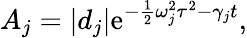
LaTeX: A_{j}=\left|d_{j}\right|\mathrm{e}^{-\frac{{1}}{{2}}\omega_{j}^{2}\tau^{2}-\gamma_{j}t},